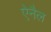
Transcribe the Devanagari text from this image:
ऐनैल